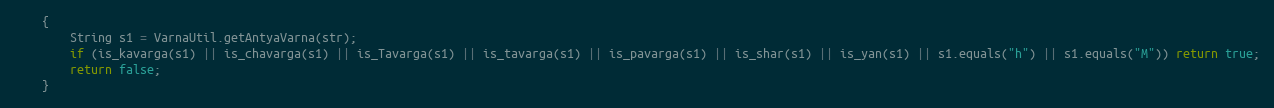
Language: Java
    {
        String s1 = VarnaUtil.getAntyaVarna(str);
        if (is_kavarga(s1) || is_chavarga(s1) || is_Tavarga(s1) || is_tavarga(s1) || is_pavarga(s1) || is_shar(s1) || is_yan(s1) || s1.equals("h") || s1.equals("M")) return true;
        return false;
    }